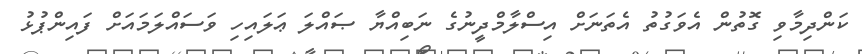
ކަންދިމާވި ގޮތުން އެވަގުތު އެތަނަށް އިސްލާމްދީނުގެ ނަބިއްޔާ ޞައްލަ ޢަލައިހި ވަސައްލަމައަށް ފައިންޕުޅު